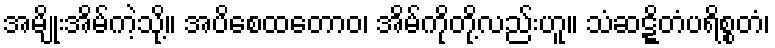
အမျိုးအိမ်ကဲ့သို့။ အပိစေထတောဝ၊ အိမ်ကိုတို့လည်းဟူ။ သံဆဋ္ဋိတံပရိစ္စတံ၊